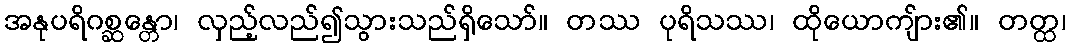
အနုပရိဂစ္ဆန္တော၊ လှည့်လည်၍သွားသည်ရှိသော်။ တဿ ပုရိသဿ၊ ထိုယောကျ်ား၏။ တတ္ထ၊